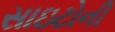
સાઇટોની